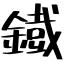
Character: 鐡